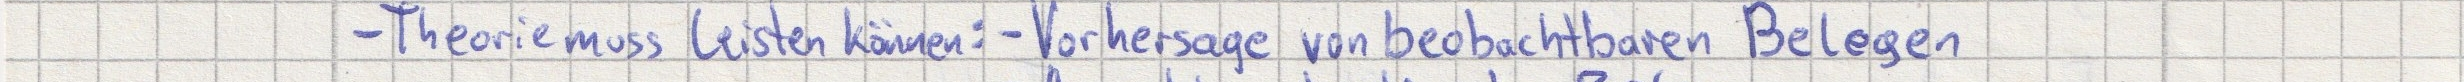
- Theorie muss leisten können: - Vorhersage von beobachtbaren Belegen